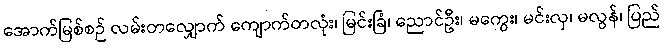
အောက်မြစ်စဉ် လမ်းတလျှောက် ကျောက်တလုံး၊ မြင်းခြံ၊ ညောင်ဦး၊ မကွေး၊ မင်းလှ၊ မလွန်၊ ပြည်